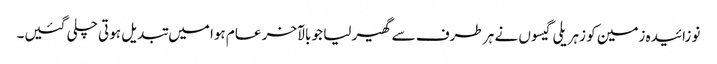
نوزائیدہ زمین کو زہریلی گیسوں نے ہر طرف سے گھیر لیا جو بالآخر عام ہوا میں تبدیل ہوتی چلی گئیں۔